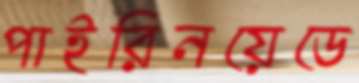
পাইরিনয়েডে